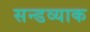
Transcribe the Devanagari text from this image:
सन्डव्याक